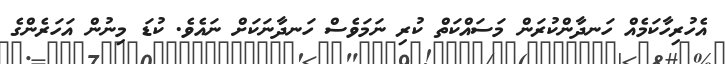
އެހުރިހާކަމެއް ހަނދާންކުރަން މަސައްކަތް ކުރި ނަމަވެސް ހަނދާނަކަށް ނައެވެ. ކުޑަ މިނުން އަހަރެންގެ